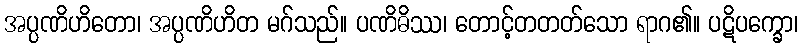
အပ္ပဏိဟိတော၊ အပ္ပဏိဟိတ မဂ်သည်။ ပဏိဓိဿ၊ တောင့်တတတ်သော ရာဂ၏။ ပဋိပက္ခော၊